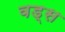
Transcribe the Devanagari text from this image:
वड्स